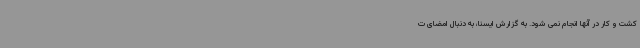
کشت و کار در آنها انجام نمی شود. به گزارش ایسنا، به دنبال امضای ت